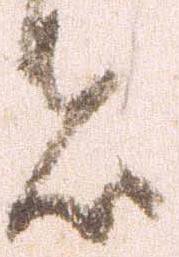
者